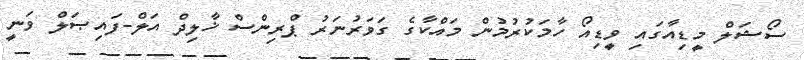
ސޯޝަލް މީޑިއާގައި ވީޑިއޯ ހާމަކުރުމުން މައްކާގެ ގަވަރުނަރު ޕްރިންސް ޚާލިދް އަލް-ފައިޞަލް ވަނީ